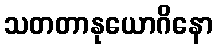
သတတာနုယောဂိနော